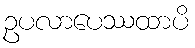
ဥပလာပေဿထာပိ